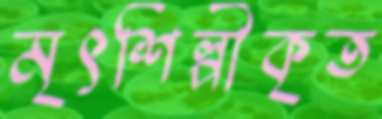
মৃৎশিল্পীকৃত